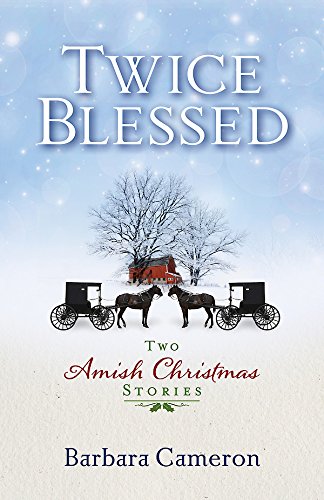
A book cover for Twice Blessed: Two Amish Christmas Stories; Barbara Cameron; Literature & Fiction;